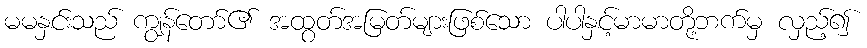
မမနှင်းသည် ကျွန်တော်၏ အထွတ်အမြတ်များဖြစ်သော ပါပါနှင့်မာမာတို့ဘက်မှ လှည့်၍